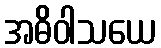
အဓိဝါသယေ